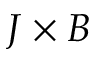
J \times B